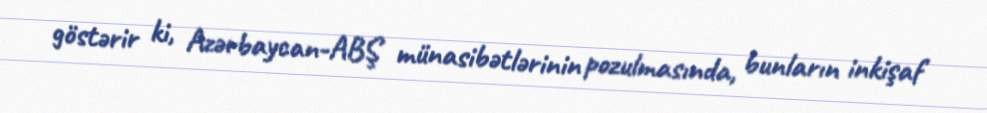
göstərir ki, Azərbaycan-ABŞ münasibətlərinin pozulmasında, bunların inkişaf